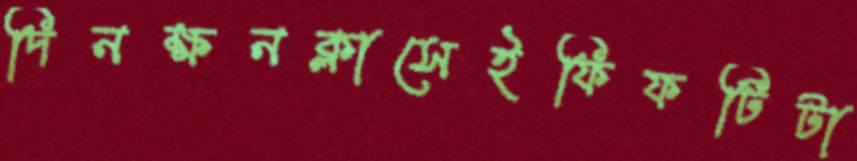
দিনক্ষনক্লাসেইফিফটিটা